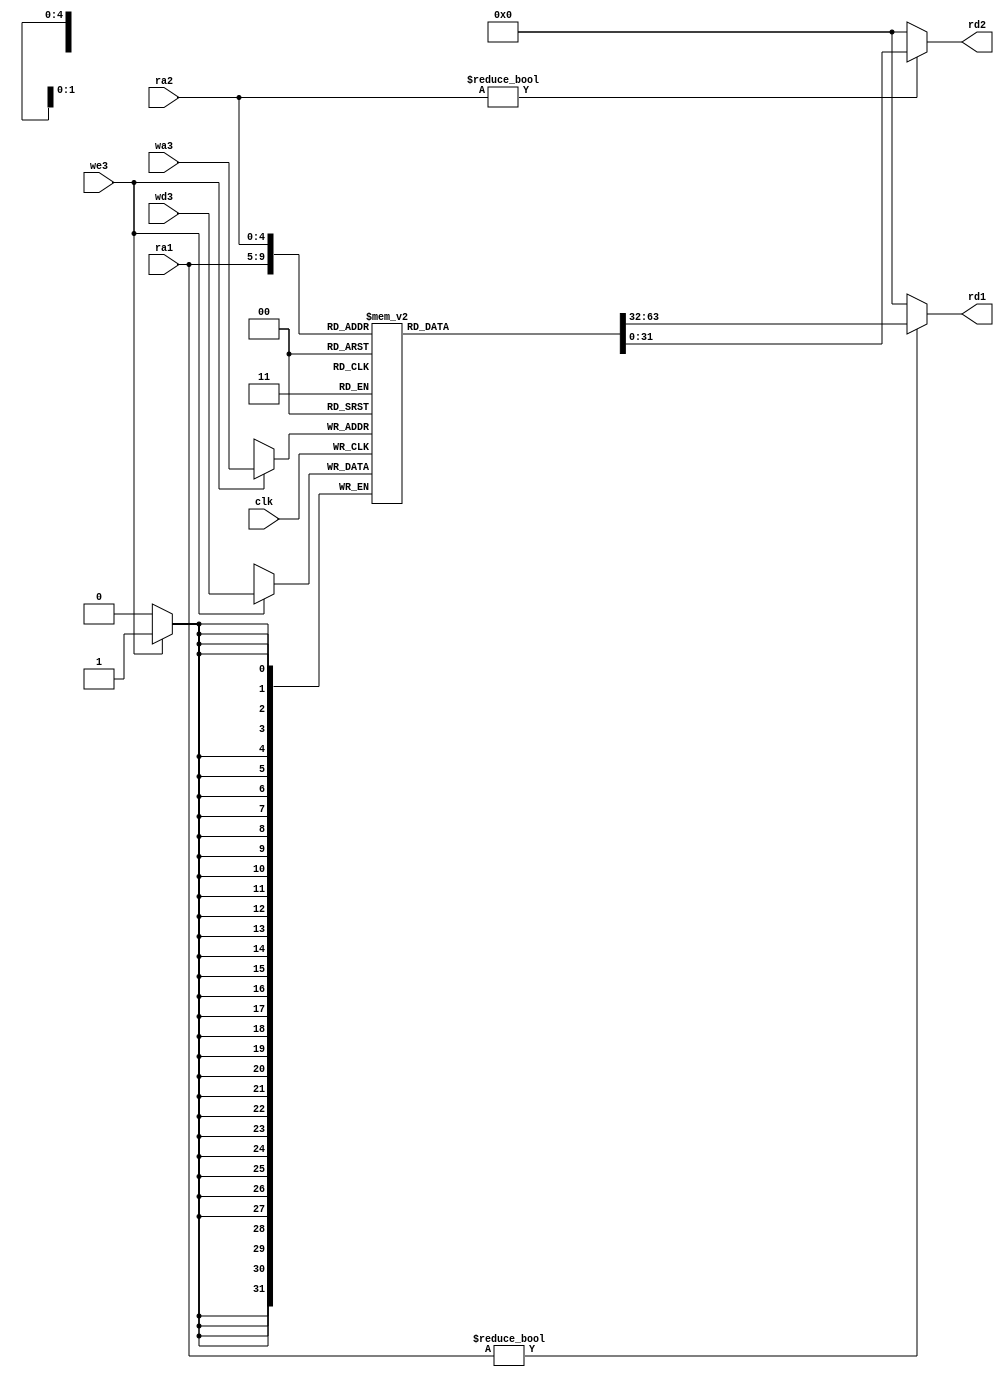
`timescale 1ns / 1ps



module regfile(
	input wire clk,
	input wire we3,               //write enable
	input wire[4:0] ra1,ra2,wa3,  //adderess
	input wire[31:0] wd3,         //write data
	output wire[31:0] rd1,rd2     //read data
    );

	reg [31:0] rf[31:0];

	always @(posedge clk) begin
		if(we3) begin
			 rf[wa3] <= wd3;
		end
	end

	assign rd1 = (ra1 != 0) ? rf[ra1] : 0;
	assign rd2 = (ra2 != 0) ? rf[ra2] : 0;
endmodule